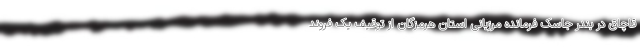
قاچاق در بندر جاسک فرمانده مرزبانی استان هرمزگان از توقیف یک فروند